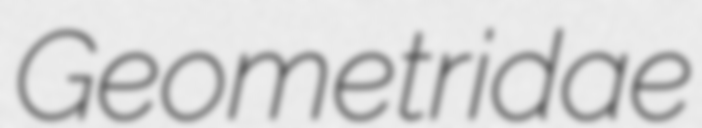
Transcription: Geometridae